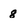
Character: 8